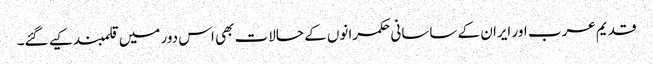
قدیم عرب اور ایران کے ساسانی حکمرانوں کے حالات بھی اس دور میں قلمبند کیے گئے۔